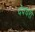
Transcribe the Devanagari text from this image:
देवघरी